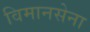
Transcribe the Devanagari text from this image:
विमानसेना